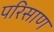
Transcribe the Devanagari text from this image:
परिसाण